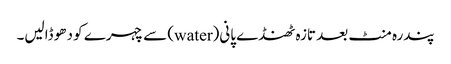
پندرہ منٹ بعد تازہ ٹھنڈے پانی(water) سے چہرے کو دھو ڈالیں۔